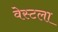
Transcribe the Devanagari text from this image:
वेस्टला